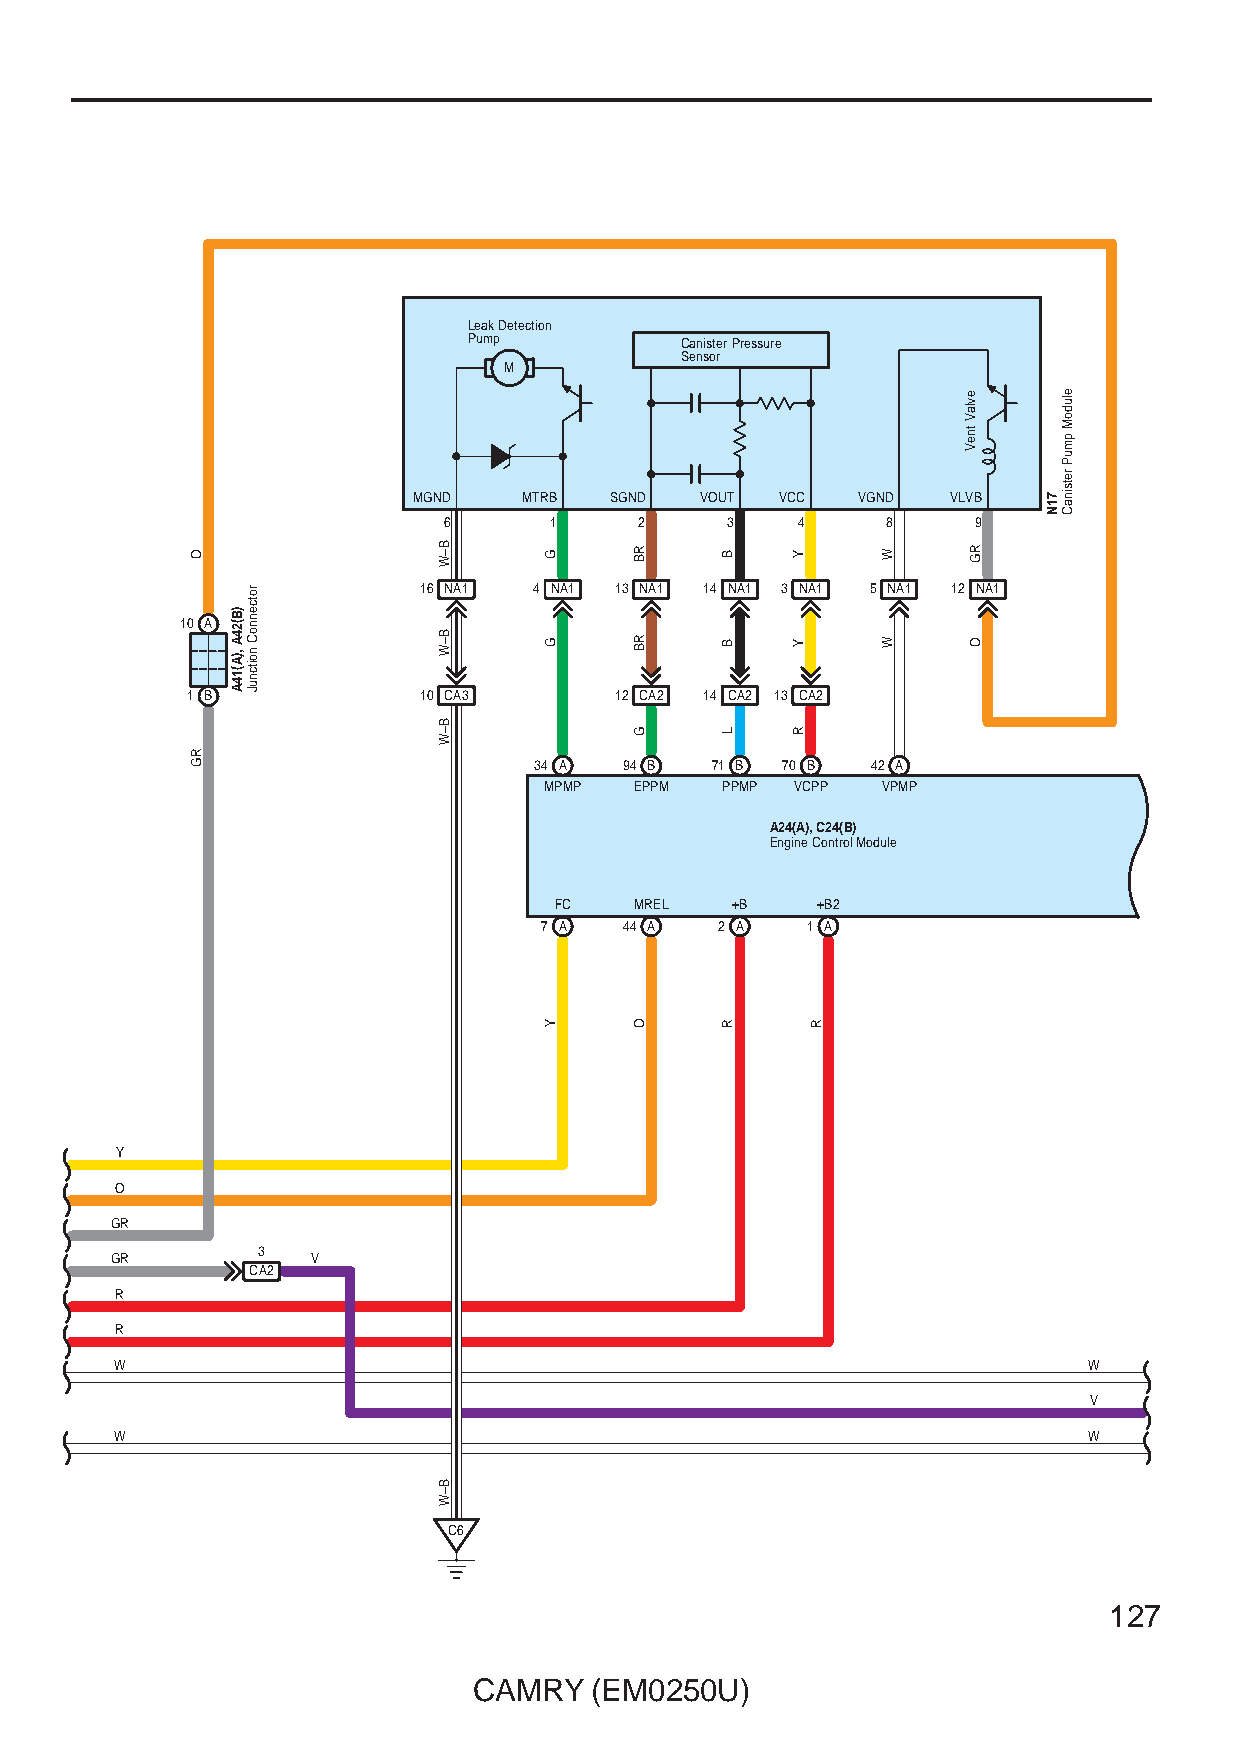
Leak Detection
 Pump          Canister Pressure
 Sensor
 M
 MGND    MTRB SGND  VOUT  VCC  VGND  VLVB
 6      1     2     3    4     8     9
 16 NA1 4 NA1 13 NA1 14 NA1 3 NA1 5 NA1 12 NA1
 10 A
 1 B             10 CA3       12 CA2 14 CA2 13 CA2
 34 A  94 B  71 B 70 B  42 A
 MPMP  EPPM  PPMP VCPP VPMP
 A24(A), C24(B)
 Engine Control Module
 FC   MREL  +B    +B2
 7 A  44 A   2 A  1 A
 Y
 O
 GR
 3
 GR            V
 CA2
 R
 R
 W                                                               W
 V
 W                                                               W
 C6
 127
 CAMRY   (EM0250U)
 O
 RG
 )B(24A
 ,)A(14A
 rotcennoC
 noitcnuJ
 B–W
 B–W
 B–W
 B–W
 G
 G
 Y
 RB
 RB
 G
 O
 B
 B
 L
 R
 Y
 Y
 R
 R
 W
 W
 evlaV
 tneV
 RG
 O
 71N
 eludoM
 pmuP
 retsinaC